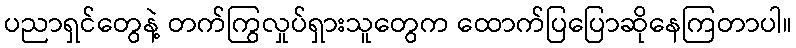
ပညာရှင်တွေနဲ့ တက်ကြွလှုပ်ရှားသူတွေက ထောက်ပြပြောဆိုနေကြတာပါ။